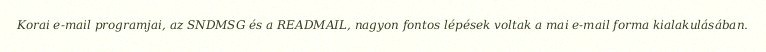
Korai e-mail programjai, az SNDMSG és a READMAIL, nagyon fontos lépések voltak a mai e-mail forma kialakulásában.